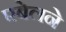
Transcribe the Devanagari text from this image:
एबेलने